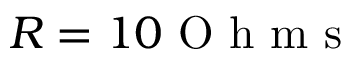
R = 1 0 \mathrm { ~ O ~ h ~ m ~ s ~ }